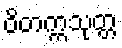
ဝိတက္ကသုတ္တ